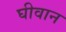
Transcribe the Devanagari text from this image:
घीवान